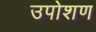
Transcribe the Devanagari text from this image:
उपोशण